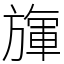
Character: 㫎